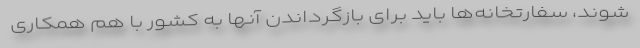
شوند، سفارتخانه‌ها باید برای بازگرداندن آنها به کشور با هم همکاری